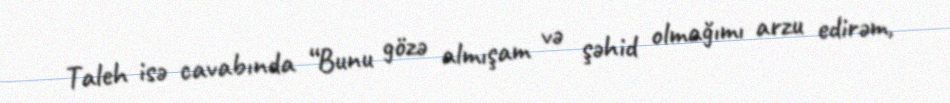
Taleh isə cavabında “Bunu gözə almışam və şəhid olmağımı arzu edirəm,